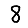
Digit: 8